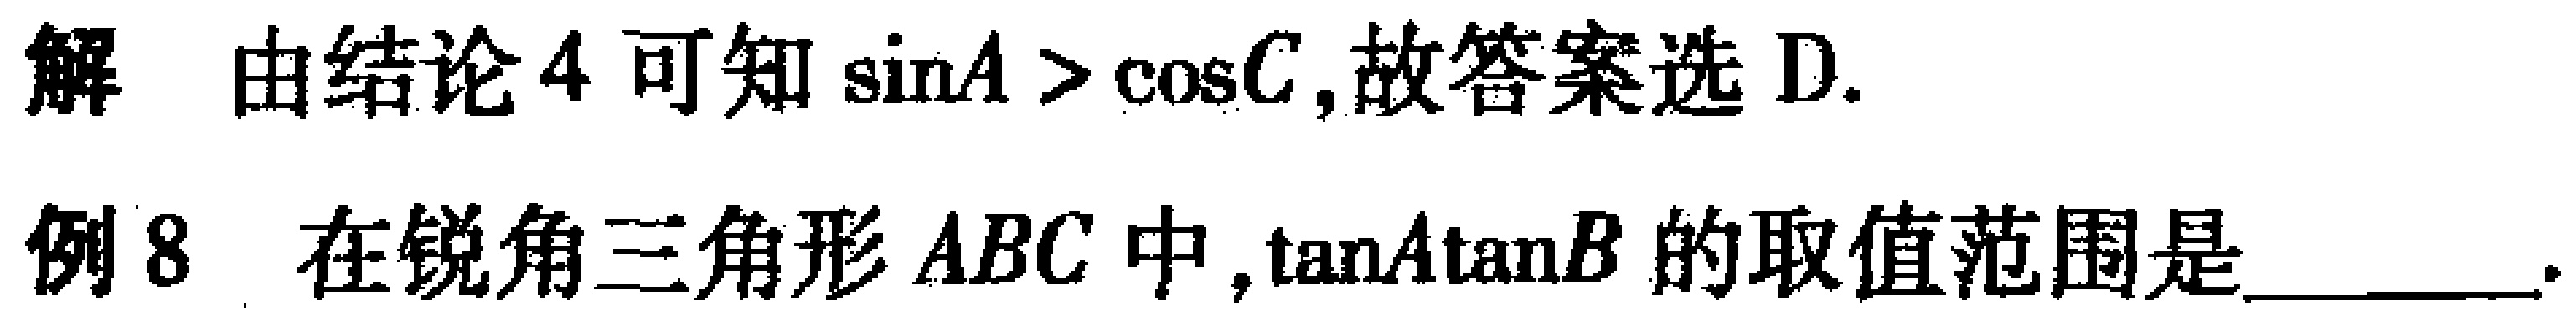
解 由结论4可知\(\sin A > \cos C\),故答案选D.

例8 在锐角三角形 \(ABC\) 中,\(\tan A\tan B\) 的取值范围是______.